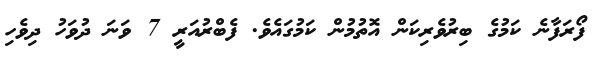
ފޯރަފާނެ ކަމުގެ ބިރުވެރިކަން އޮތުމުން ކަމުގައެވެ. ފެބްރުއަރީ 7 ވަނަ ދުވަހު ދިވެހި